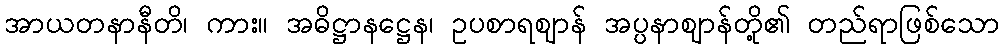
အာယတနာနီတိ၊ ကား။ အဓိဋ္ဌာနဋ္ဌေန၊ ဥပစာရဈာန် အပ္ပနာဈာန်တို့၏ တည်ရာဖြစ်သော